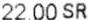
22.00 SR